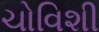
ચોવિશી